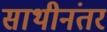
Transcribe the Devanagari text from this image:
साथीनंतर